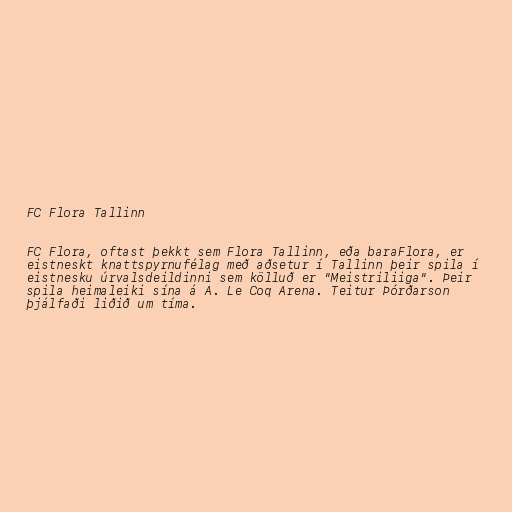
FC Flora Tallinn

FC Flora, oftast þekkt sem Flora Tallinn, eða baraFlora, er
eistneskt knattspyrnufélag með aðsetur í Tallinn þeir spila í
eistnesku úrvalsdeildinni sem kölluð er "Meistriliiga". Þeir
spila heimaleiki sína á A. Le Coq Arena. Teitur Þórðarson
þjálfaði liðið um tíma.